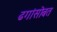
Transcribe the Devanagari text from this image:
ढगांसोबत